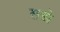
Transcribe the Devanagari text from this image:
सडो